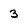
Character: 3